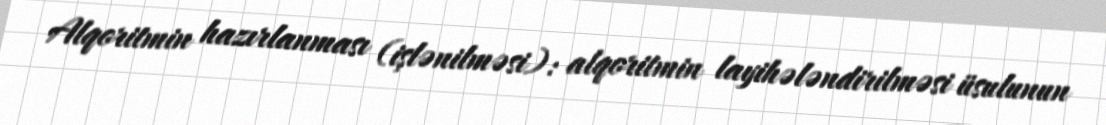
Alqoritmin hazırlanması (işlənilməsi): alqoritmin layihələndirilməsi üsulunun